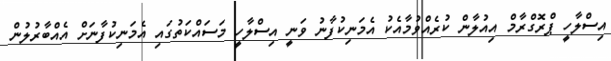
އިސްލާހީ ޕްރޮގްރާމް އިއުލާން ކުރެއްވުމާއެކު އެމަނިކުފާނު ވަނީ އިސްލާހީ މަސައްކަތުގައި އެމަނިކުފާނަށް އެއްބާރުލުން